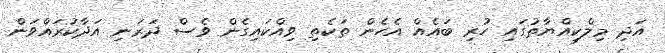
އަދި މިލްކިއްޔާތުގައި ހުރި ބައެއް އެހެން ތަކެތި ވިއްކައިގެން ވެސް ދަރަނި އަދާކުރައްވަން